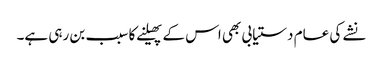
نشے کی عام دستیابی بھی اس کے پھیلنے کا سبب بن رہی ہے۔